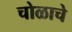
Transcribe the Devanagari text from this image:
चोळाचे